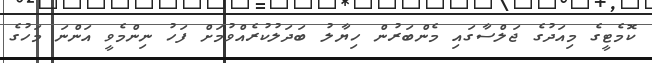
ކޮމެޓީގެ މިއަދުގެ ޖަލްސާގައި މެންބަރުން ހިޔާލު ބަދަލުކުރެއްވުމަށް ފަހު ނިންމެވީ އަންނަ މަހުގެ